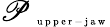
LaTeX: \mathscr P_{\mathrm{~\tiny~u~p~p~e~r~-~j~a~w~}}